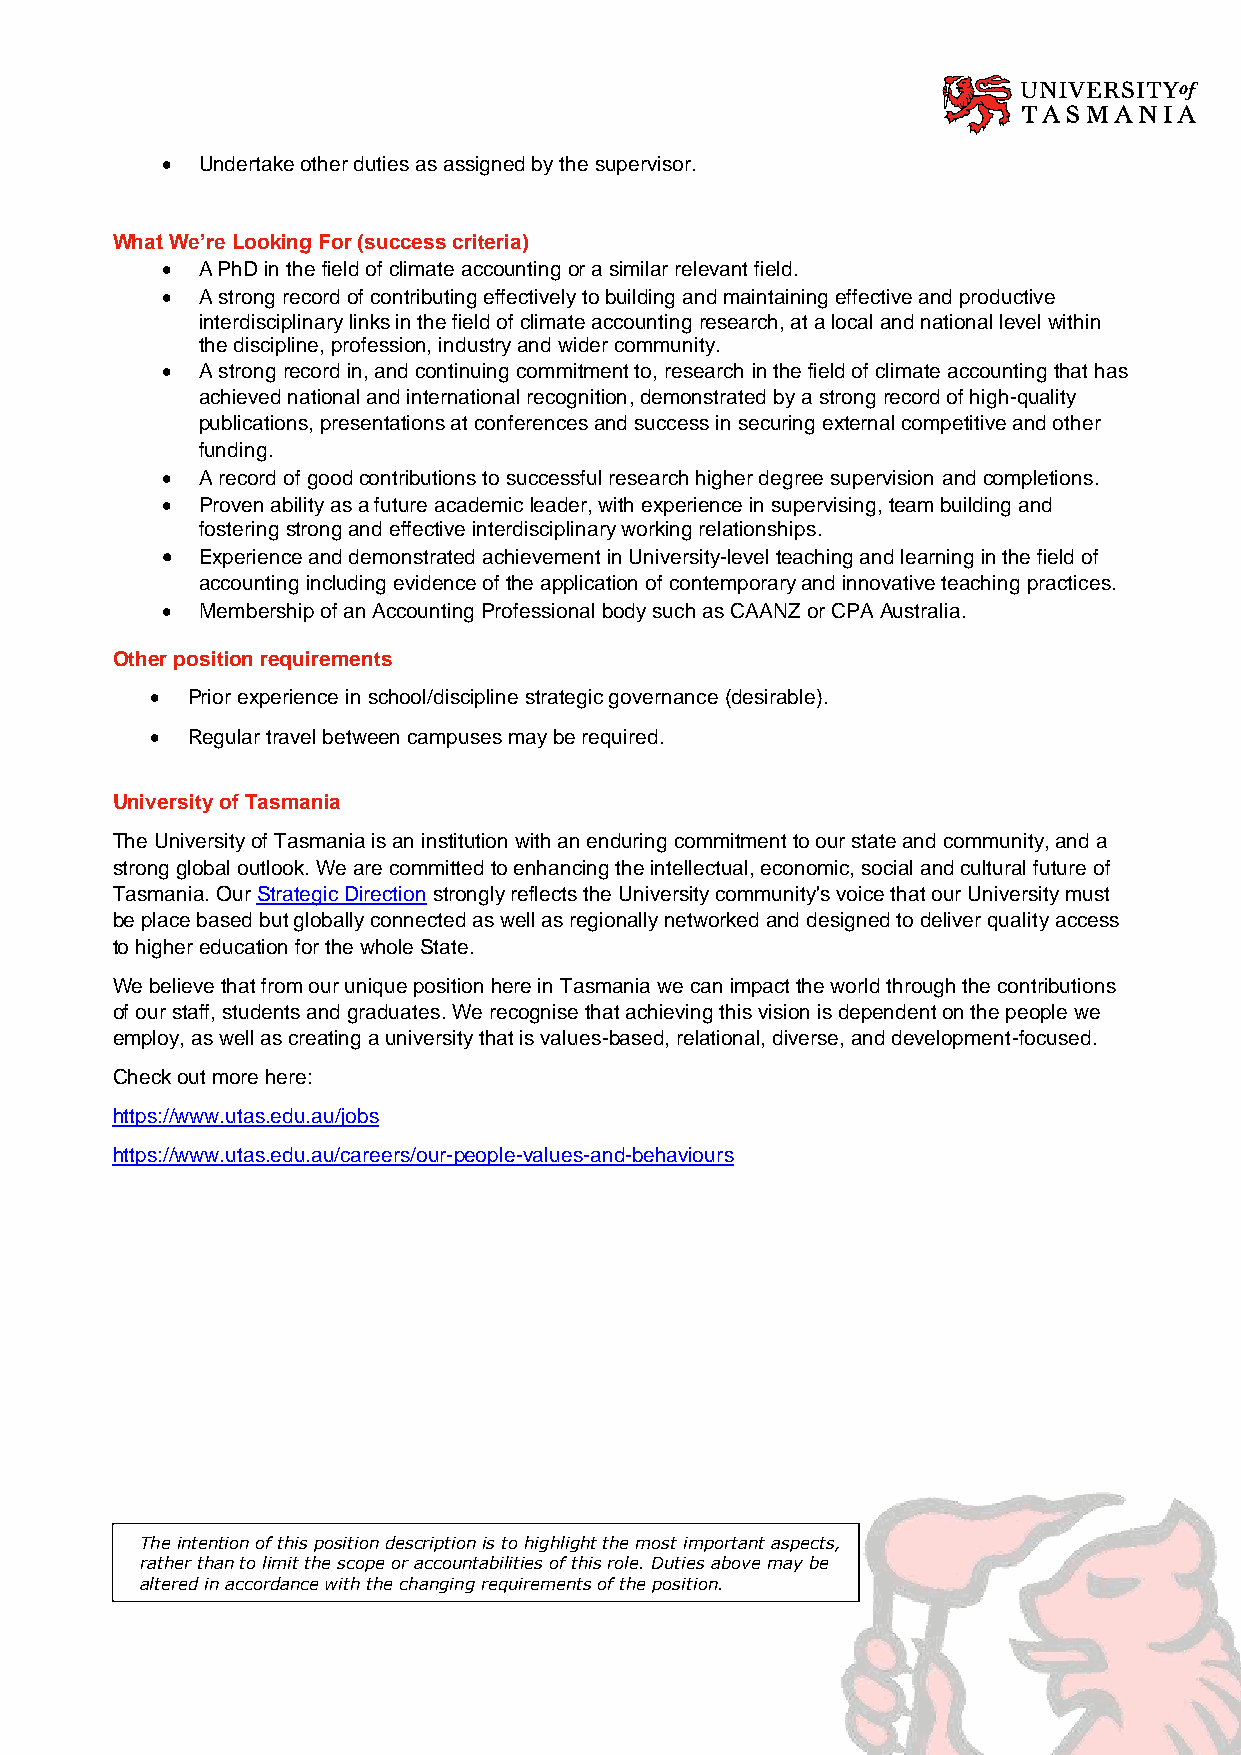
• Undertake other duties as assigned by the supervisor.
 What We’re Looking For (success criteria)
 • A PhD in the field of climate accounting or a similar relevant field.
 • A strong record of contributing effectively to building and maintaining effective and productive
 interdisciplinary links in the field of climate accounting research, at a local and national level within
 the discipline, profession, industry and wider community.
 • A strong record in, and continuing commitment to, research in the field of climate accounting that has
 achieved national and international recognition, demonstrated by a strong record of high-quality
 publications, presentations at conferences and success in securing external competitive and other
 funding.
 • A record of good contributions to successful research higher degree supervision and completions.
 • Proven ability as a future academic leader, with experience in supervising, team building and
 fostering strong and effective interdisciplinary working relationships.
 • Experience and demonstrated achievement in University-level teaching and learning in the field of
 accounting including evidence of the application of contemporary and innovative teaching practices.
 • Membership of an Accounting Professional body such as CAANZ or CPA Australia.
 Other position requirements
 • Prior experience in school/discipline strategic governance (desirable).
 • Regular travel between campuses may be required.
 University of Tasmania
 The University of Tasmania is an institution with an enduring commitment to our state and community, and a
 strong global outlook. We are committed to enhancing the intellectual, economic, social and cultural future of
 Tasmania. Our Strategic Direction strongly reflects the University community's voice that our University must
 be place based but globally connected as well as regionally networked and designed to deliver quality access
 to higher education for the whole State.
 We believe that from our unique position here in Tasmania we can impact the world through the contributions
 of our staff, students and graduates. We recognise that achieving this vision is dependent on the people we
 employ, as well as creating a university that is values-based, relational, diverse, and development-focused.
 Check out more here:
 https://www.utas.edu.au/jobs
 https://www.utas.edu.au/careers/our-people-values-and-behaviours
 The intention of this position description is to highlight the most important aspects,
 rather than to limit the scope or accountabilities of this role. Duties above may be
 altered in accordance with the changing requirements of the position.